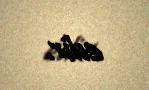
edir.